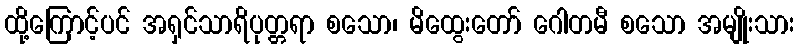
ထို့ကြောင့်ပင် အရှင်သာရိပုတ္တရာ စသော၊ မိထွေးတော် ဂေါတမီ စသော အမျိုးသား